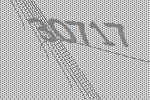
30717